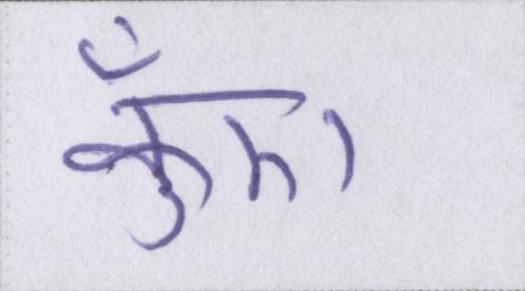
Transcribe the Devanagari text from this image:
कुँए